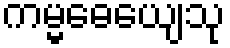
ကမ္မဓေယျေသု